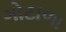
ગોટાળા